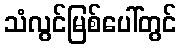
သံလွင်မြစ်ပေါ်တွင်